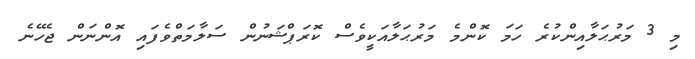
މި 3 މަރުޙަލާއިންކުރެ ހަމަ ކޮންމެ މަރުޙަލާއަކީވެސް ކޮރަޕްޝަނުން ސަލާމަތްވެފައި އޮންނަން ޖެހޭނެ